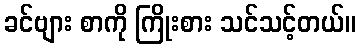
ခင်ဗျား စာကို ကြိုးစား သင်သင့်တယ်။